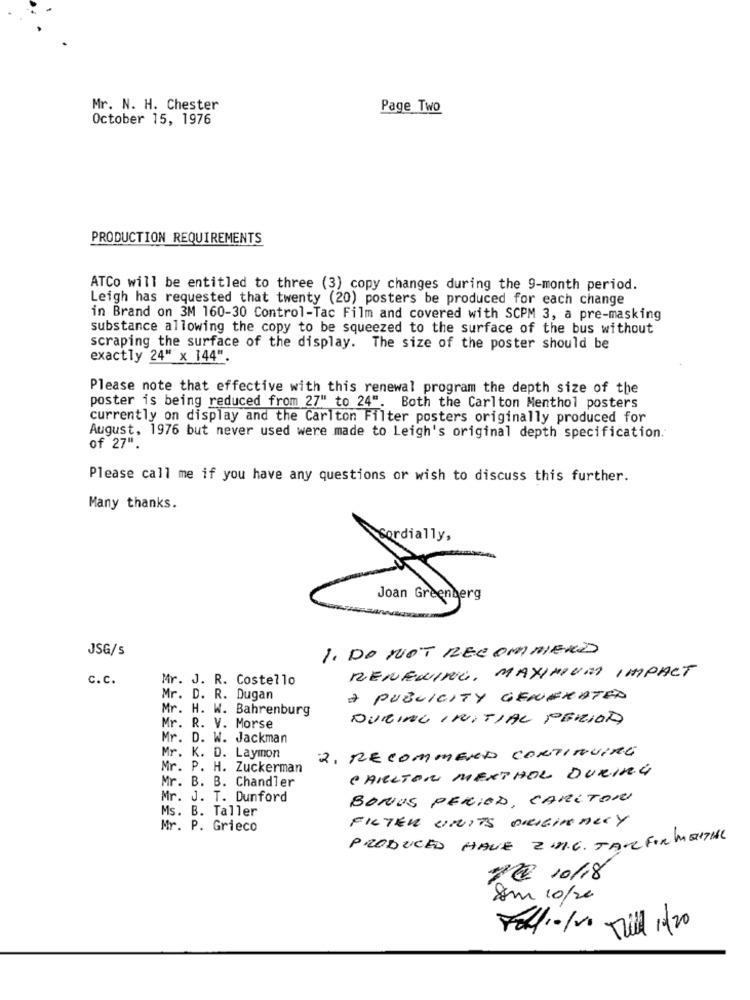
Mr. N. H. Chester
Page Two
October 15, 1976
PRODUCTION REQUIREMENTS
ATCo will be entitled to three (3) copy changes during the 9-month period.
Leigh has requested that twenty (20) posters be produced for each change
in Brand on 3M 160-30 Control-Tac Film and covered with SCPM 3, a pre-masking
substance allowing the copy to be squeezed to the surface of the bus without
scraping the surface of the display. The size of the poster should be
exactly 24" x 144".
Please note that effective with this renewal program the depth size of the
poster is being reduced from 27" to 24". Both the Carlton Menthol posters
currently on display and the Carlton Filter posters originally produced for
August. 1976 but never used were made to Leigh's original depth specification.
of 27".
Please call me if you have any questions or wish to discuss this further.
Many thanks.
cordially,
Joan Greenberg
JSG/s
1. DO NOT RECOMMEND
RENEWING, MAXIMUM IMPACT
c.C.
Mr. J. R. Costello
Mr. D. R. Dugan
A PUBLICITY GENERATED
Mr. H. W. Bahrenburg
DURING INITIAL PERIOD
Mr. R. V. Morse
Mr. D. W. Jackman
2. RECOMMENTO CONTINUIRE
Mr. K. D. Laymon
Mr. P. H. Zuckerman
Mr. B. B. Chandler
CARLTON MENTHOL DURING
Mr. J. T. Dunford
BONUS PERIOD, CARLTON
Ms. B. Taller
FILTER SINITS ORIGINALLY
Mr. P. Grieco
PRODUCED HAVE 2.2.6. JAR FORMEITHAL
20 10/18
Som 10/20
Fell 10100 Till 11/20